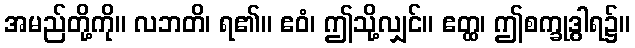
အမည်တို့ကို။ လဘတိ၊ ရ၏။ ဧဝံ၊ ဤသို့လျှင်။ ဧတ္ထ၊ ဤစက္ခုဒွါရ၌။